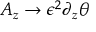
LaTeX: A _ { z } \rightarrow \epsilon ^ { 2 } \partial _ { z } \theta